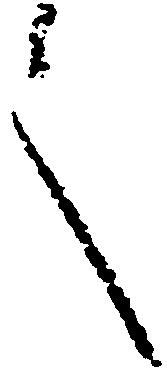
言